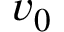
v _ { 0 }